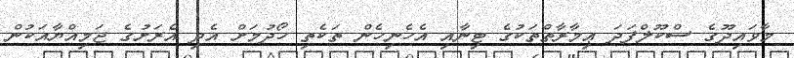
މާވައިދޫގެ ސްކޫލްފަދަ ޢިމާރާތްތަކުގެ ޓިނާއި އެހެނިހެން ތަކެތި ހޯދުމަށް އެދި އެރަށުގެ ޖަމިއްޔާއަކުން